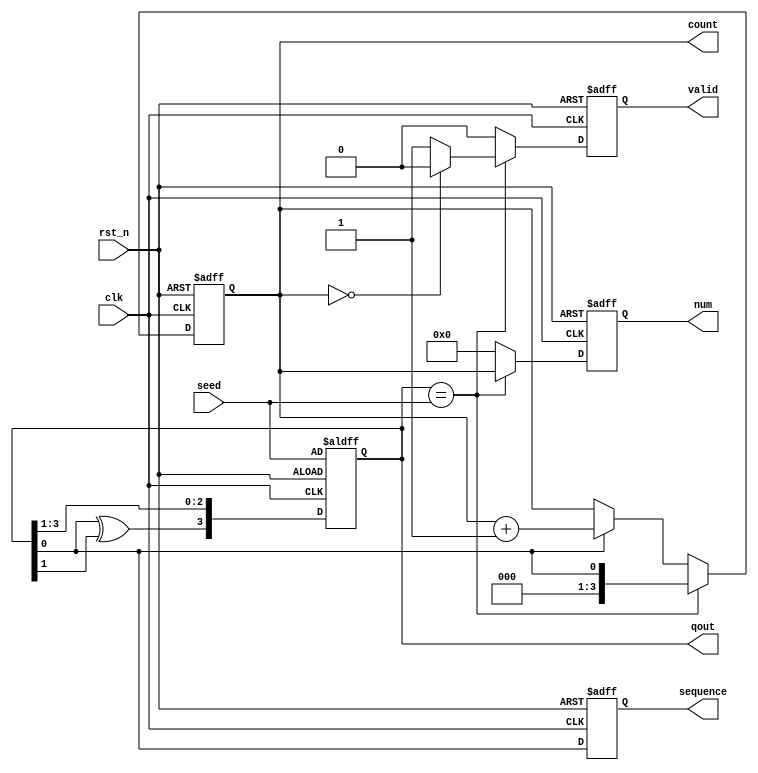
module PRPG( // 
    clk, rst_n,
    seed, qout,
    sequence, count, num, valid
);

input clk, rst_n; // 1bit input
input [0:n-1] seed; // ó ʱȭ 
output reg [0:n-1] qout; //shift register output
output reg sequence; // bit sequence
output reg [0:n-1] count; //bit sequence 1  count
output reg [0:n-1] num; // clk cycle Ÿ  1 
output reg valid; //valid ȣ

reg XOR; //parameter  ٸ    ϴ reg

parameter n =4;

always @(*) begin //always  Ǵ  ȣ  
    case(n) //parameter  shift register  
        4: XOR = qout[3]^qout[2];
        8: XOR = qout[7]^qout[5]^qout[4]^qout[2];
        16: XOR = qout[15]^qout[11]^qout[6]^qout[1];
        32: XOR = qout[31]^qout[21]^qout[1]^qout[0];
    endcase
end

//clk  ų rst_n ϰ   
always @(posedge clk or negedge rst_n) begin
    if(!rst_n) begin //rst_n 0  ʱȭ
        qout <= seed;
        count <= {n{1'b0}};
        num <= {n{1'b0}};
        sequence <= 1'b0;
        valid <= 1'b0; 
    end
    else begin //rst_n 1 
        qout <= {XOR, qout[0:n-2]}; //shift register
        sequence <= qout[n-1]; //bit sequence 
        
        //bit sequence 1  count
        if(qout[n-1] == 1) count <= count + 1; 
        else count <= count;
        
        if(qout == seed) begin //2^n -1  bit sequence  µ 
            num <= count; // cycle   1  
            if(count == 0) valid <= 0; // ó ʱȭ valid 1 ߴ  
            else valid <= 1;
            count <= qout[n-1]; //ο cycle ۵Ǿ  ù count  
        end
        else begin //2^n - 1    
            num <= 0;
            valid <= 0;
        end
    end    
end

endmodule